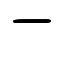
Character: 一